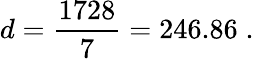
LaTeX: d=\frac{1728}{7}=246.86\; .